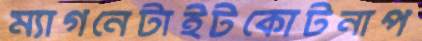
ম্যাগনেটাইটকোটনাপ